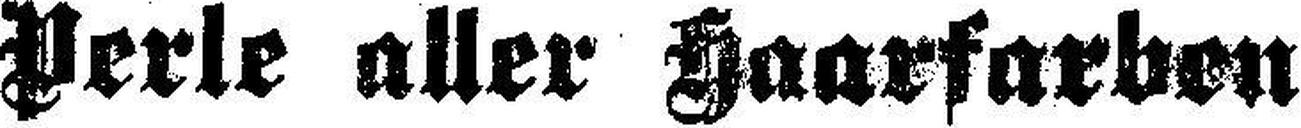
Perle aller Haarfarben